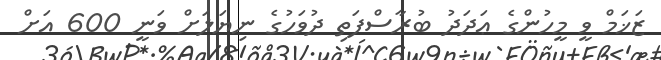
ޒަޚަމް ވީ މީހުންގެ ޢަދަދު ބުރާސްފަތި ދުވަހުގެ ނިޔަލަށް ވަނީ 600 އަށް